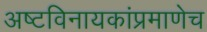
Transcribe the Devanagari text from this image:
अष्टविनायकांप्रमाणेच